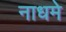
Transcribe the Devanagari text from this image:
नाधमे